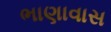
ભાણાવાસ